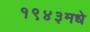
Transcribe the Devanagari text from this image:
१९४३मधे